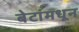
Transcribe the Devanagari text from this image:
बेटांमधून